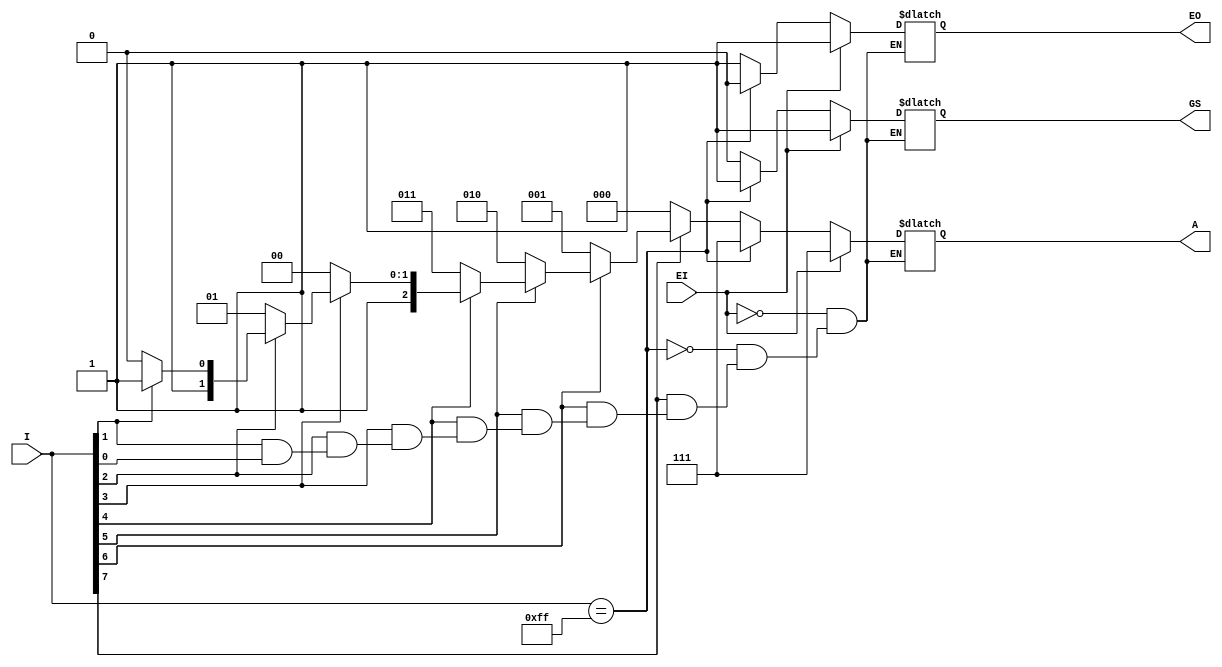
module PriEncoder8_3(
    input EI,
    input [7:0] I,
    output [2:0] A,
    output GS,
    output EO
    );
	 
	reg GS,EO;
	reg[2:0] A;
	always @(*)
	begin
		if(EI==1)//
		begin
			A<=3'b111;
			GS<=1;
			EO<=1;
		end
		else if(I[7:0]==8'b1111_1111)//룬Ч
		begin
			A<=3'b111;
			GS<=1;
			EO<=0;
		end
		else if(I[7]==0)//ȱ7͵ƽЧ
		begin
			A<=3'b000;
			GS<=0;
			EO<=1;
		end
		else if(I[6]==0)
		begin
			A<=3'b001;
			GS<=0;
			EO<=1;
		end
		else if(I[5]==0)
		begin
			A<=3'b010;
			GS<=0;
			EO<=1;
		end
		else if(I[4]==0)
		begin
			A<=3'b011;
			GS<=0;
			EO<=1;
		end
		else if(I[3]==0)
		begin
			A<=3'b100;
			GS<=0;
			EO<=1;
		end
		else if(I[2]==0)
		begin
			A<=3'b101;
			GS<=0;
			EO<=1;
		end
		else if(I[1]==0)
		begin
			A<=3'b110;
			GS<=0;
			EO<=1;
		end
		else if(I[0]==0)
		begin
			A<=3'b111;
			GS<=0;
			EO<=1;
		end



			
		
	end


endmodule